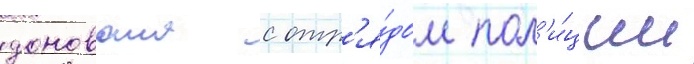
донована с отр'я́дом пол'и́ции